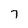
Character: 7